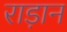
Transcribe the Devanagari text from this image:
राड़ान